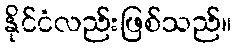
နိုင်ငံလည်းဖြစ်သည်။